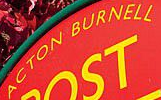
ACTON BURNELL